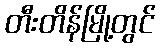
တီးတိန်မြို့တွင်